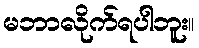
မဘာလိုက်ရပါဘူး။